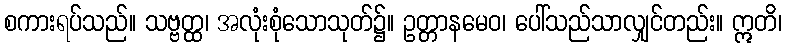
စကားရပ်သည်။ သဗ္ဗတ္ထ၊ အလုံးစုံသောသုတ်၌။ ဥတ္တာနမေဝ၊ ပေါ်သည်သာလျှင်တည်း။ ဣတိ၊